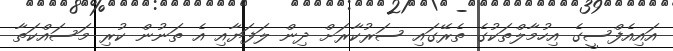
އައިއެފްސީގެ އިހުމާލްތަކުގެ ތެރޭގައި ސަރުކާރަށް ދިން ލަފަޔާއި އެ ތަނުން ކުރި މަސައްކަތާ